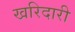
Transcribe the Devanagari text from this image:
खरिदारी